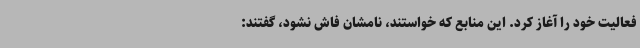
فعالیت خود را آغاز کرد. این منابع که خواستند، نامشان فاش نشود، گفتند: